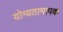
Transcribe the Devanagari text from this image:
योग्यतामापक